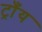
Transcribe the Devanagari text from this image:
ट्राँय